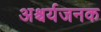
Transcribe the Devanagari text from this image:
अश्चर्यजनक